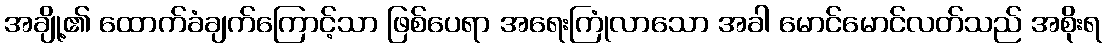
အချို့၏ ထောက်ခံချက်ကြောင့်သာ ဖြစ်ပေရာ အရေးကြုံလာသော အခါ မောင်မောင်လတ်သည် အစိုးရ